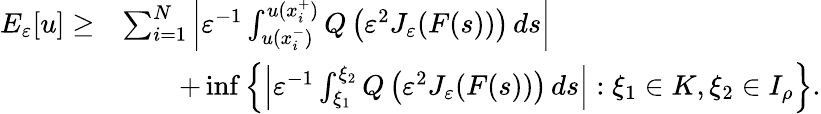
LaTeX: \begin{array}{rl}{E_{\varepsilon}[u]\geq}&{\sum_{i=1}^{N}\left|\varepsilon^{-1}\int_{u(x_{i}^{-})}^{u(x_{i}^{+})}Q\left(\varepsilon^{2}J_{\varepsilon}(F(s))\right)\, ds\right|}\\ &{\qquad+\operatorname*{inf}\left\{ \left|\varepsilon^{-1}\int_{\xi_{1}}^{\xi_{2}}Q\left(\varepsilon^{2}J_{\varepsilon}(F(s))\right)\, ds\right|:\xi_{1}\in K,\xi_{2}\in I_{\rho}\right\} .}\end{array}